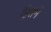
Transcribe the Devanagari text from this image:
हिसमें